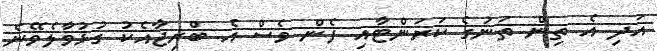
އަދި އެ ތިން ތަނުގެ ކަރަންޓާއި ފެން ވެސް އެ ބްރިޖާއެކު ގުޅުވާލެވޭނެ